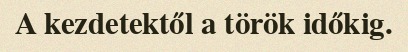
A kezdetektől a török időkig.